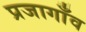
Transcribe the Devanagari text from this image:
प्रजागाँव